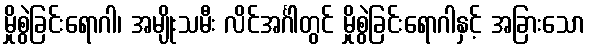
မှိုစွဲခြင်းရောဂါ၊ အမျိုးသမီး လိင်အင်္ဂါတွင် မှိုစွဲခြင်းရောဂါနှင့် အခြားသော